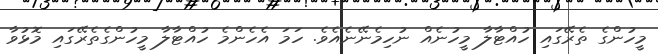
މީހުންގެ ތެރޭގައި ހުއްޓާލާ މީހުނެއް ނުހިމެނޭނެއެވެ. ހަމަ އެހެންމެ ހުއްޓާލާ މީހުންގެތެރޭގައި މޮޅުވާ